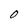
Character: O